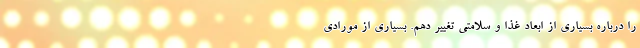
را درباره بسیاری از ابعاد غذا و سلامتی تغییر دهم. بسیاری از مورادی